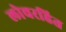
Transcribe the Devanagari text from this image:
लोचरहित